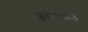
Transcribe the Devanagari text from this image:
क्वांगचाउ